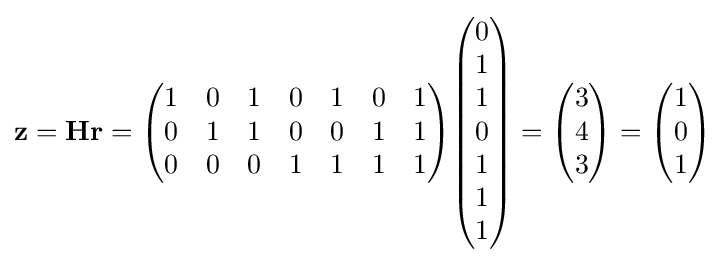
\mathbf {z} =\mathbf {Hr} ={\begin{pmatrix}1&0&1&0&1&0&1\\0&1&1&0&0&1&1\\0&0&0&1&1&1&1\\\end{pmatrix}}{\begin{pmatrix}0\\1\\1\\0\\1\\1\\1\end{pmatrix}}={\begin{pmatrix}3\\4\\3\end{pmatrix}}={\begin{pmatrix}1\\0\\1\end{pmatrix}}